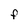
Character: F